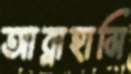
আব্রাহামি